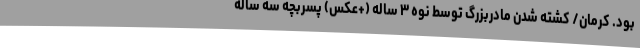
بود. کرمان/ کشته شدن مادربزرگ توسط نوه ۳ ساله (+عکس) پسربچه سه ساله